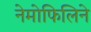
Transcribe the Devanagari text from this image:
नेमोफिलिने